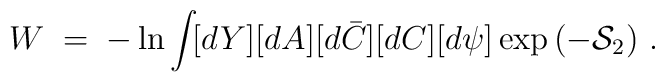
W \;=\; - \ln \int\! [dY][dA][d\bar{C}][dC][d\psi]\exp\left(- \mathcal{S}_2\right)\,.